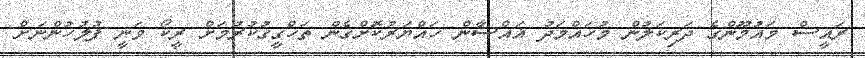
ރައީސް މައުމޫންގެ ދަރިކަލުން މުހައްމަދު ޣައްސާން ހައްޔަރުކޮށްގެން ތަހްގީގުކުރުމަށް ރީކޯ ވަނީ ފުލުހުންނަށް